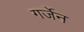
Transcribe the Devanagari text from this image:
गर्जेन